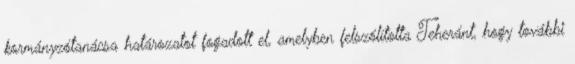
kormányzótanácsa határozatot fogadott el, amelyben felszólította Teheránt, hogy további